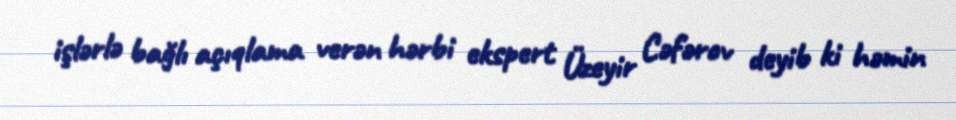
işlərlə bağlı açıqlama verən hərbi ekspert Üzeyir Cəfərov deyib ki həmin